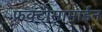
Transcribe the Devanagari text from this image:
फ्रक्टोसामाईन